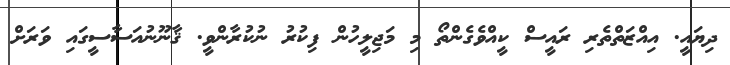
ދިޔައީ. އިއްޒަތްތެރި ރައީސް ކީއްވެގެންތޯ މި މަޖިލީހުން ފިކުރު ނުކުރާންވީ. ޤާނޫނުއަސާސީގައި ވަރަށް